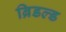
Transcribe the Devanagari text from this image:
ब्रिडल्ड